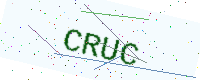
Text: CRUC